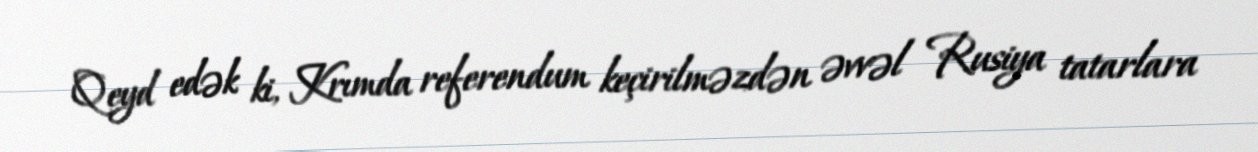
Qeyd edək ki, Krımda referendum keçirilməzdən əvvəl Rusiya tatarlara